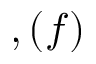
, ( f )